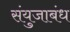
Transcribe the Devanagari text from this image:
संयुजाबंध